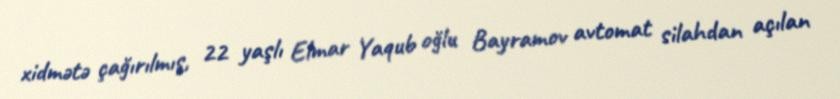
xidmətə çağırılmış, 22 yaşlı Elmar Yaqub oğlu Bayramov avtomat silahdan açılan